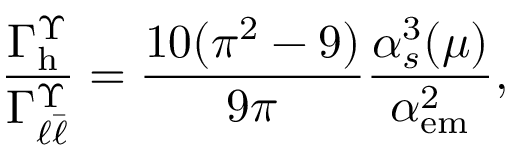
\frac { \Gamma _ { \mathrm { h } } ^ { \Upsilon } } { \Gamma _ { \ell \bar { \ell } } ^ { \Upsilon } } = \frac { 1 0 ( \pi ^ { 2 } - 9 ) } { 9 \pi } \frac { \alpha _ { s } ^ { 3 } ( \mu ) } { \alpha _ { \mathrm { e m } } ^ { 2 } } ,